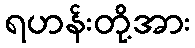
ရဟန်းတို့အား